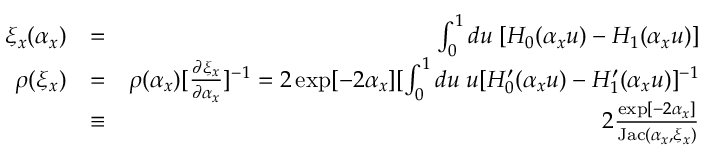
\begin{array} { r l r } { \xi _ { x } ( \alpha _ { x } ) } & { = } & { \int _ { 0 } ^ { 1 } d u \; [ H _ { 0 } ( \alpha _ { x } u ) - H _ { 1 } ( \alpha _ { x } u ) ] } \\ { \rho ( \xi _ { x } ) } & { = } & { \rho ( \alpha _ { x } ) [ \frac { \partial \xi _ { x } } { \partial \alpha _ { x } } ] ^ { - 1 } = 2 \exp [ - 2 \alpha _ { x } ] [ \int _ { 0 } ^ { 1 } d u \; u [ H _ { 0 } ^ { \prime } ( \alpha _ { x } u ) - H _ { 1 } ^ { \prime } ( \alpha _ { x } u ) ] ^ { - 1 } } \\ & { \equiv } & { 2 \frac { \exp [ - 2 \alpha _ { x } ] } { \mathrm { J a c } ( \alpha _ { x } , \xi _ { x } ) } } \end{array}